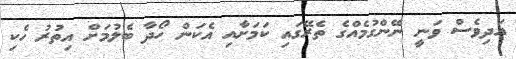
އަދިވެސް ވަނީ ނޭންގުމެއްގެ ތެރޭގައި ކަމަށާއި އެކަން ހޯދާ ބެލުމަށް އިތުރު ހެކި